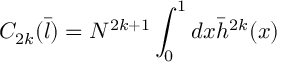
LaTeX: C _ { 2 k } ( { \bar { l } } ) = N ^ { 2 k + 1 } \int _ { 0 } ^ { 1 } d x { \bar { h } } ^ { 2 k } ( x )